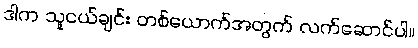
ဒါက သူငယ်ချင်း တစ်ယောက်အတွက် လက်ဆောင်ပါ။